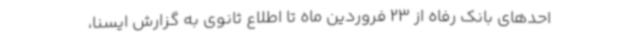
احدهای بانک رفاه از 23 فروردین ماه تا اطلاع ثانوی به گزارش ایسنا،